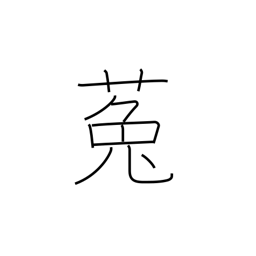
Meaning: dodder (plant)